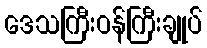
ဒေသကြီးဝန်ကြီးချုပ်